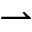
\rightharpoonup